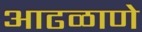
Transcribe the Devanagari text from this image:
आढळाणे